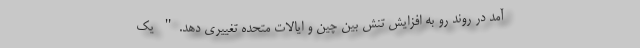
آمد در روند رو به افزایش تنش بین چین و ایالات متحده تغییری دهد." یک